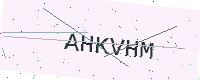
Text: AHKVHM